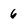
Character: 6